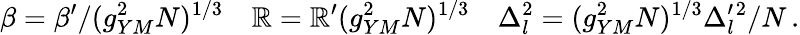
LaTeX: \beta=\beta^{\prime}/(g_{YM}^{2}N)^{1/3}\quad\mathbb{R}=\mathbb{R}^{\prime}(g_{YM}^{2}N)^{1/3}\quad\Delta_{l}^{2}=(g_{YM}^{2}N)^{1/3}\Delta_{l}^{\prime}{}^{2}/N\, .